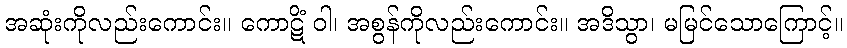
အဆုံးကိုလည်းကောင်း။ ကောဋိံ ဝါ၊ အစွန်ကိုလည်းကောင်း။ အဒိသွာ၊ မမြင်သောကြောင့်။